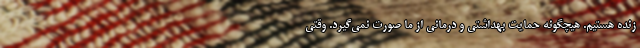
زنده هستیم. هیچگونه حمایت بهداشتی و درمانی از ما صورت نمی‌گیرد. وقتی